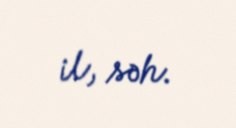
il, səh.